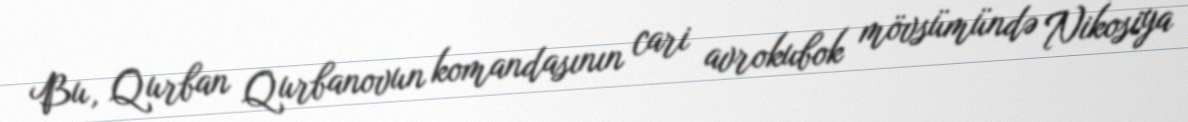
Bu, Qurban Qurbanovun komandasının cari avrokubok mövsümündə Nikosiya